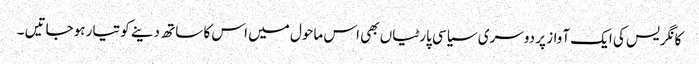
کانگریس کی ایک آواز پر دوسری سیاسی پارٹیاں بھی اس ماحول میں اس کا ساتھ دینے کو تیار ہوجاتیں ۔